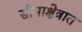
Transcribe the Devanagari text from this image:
सीमाक्षेत्रात